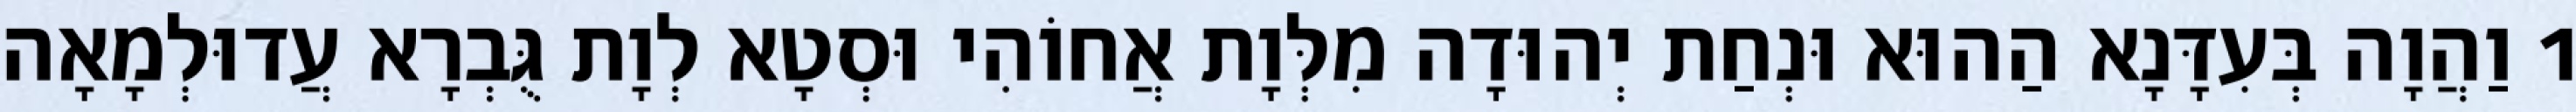
1 וַהֲוָה בְּעִדָּנָא הַהוּא וּנְחַת יְהוּדָה מִלְּוָת אֲחוֹהִי וּסְטָא לְוָת גֻּבְרָא עֲדוּלְמָאָה